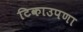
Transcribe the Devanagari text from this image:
टिकाउपणा